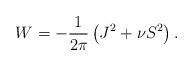
\begin{align*}W = -\frac{1}{2\pi }\left(J^2 + \nu S^2\right).\end{align*}